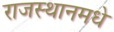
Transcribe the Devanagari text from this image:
राजस्थानमधे